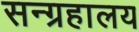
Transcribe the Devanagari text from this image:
सन्ग्रहालय